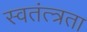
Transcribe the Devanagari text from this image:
स्वतंत्त्रता